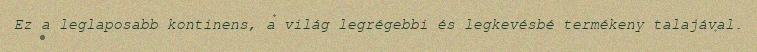
Ez a leglaposabb kontinens, a világ legrégebbi és legkevésbé termékeny talajával.